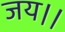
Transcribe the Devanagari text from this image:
जय।।